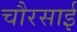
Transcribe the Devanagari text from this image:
चौरसाई